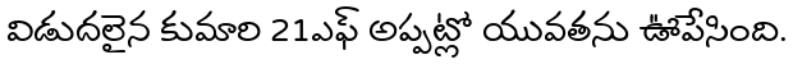
విడుదలైన కుమారి 21ఎఫ్ అప్పట్లో యువతను ఊపేసింది.